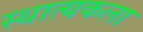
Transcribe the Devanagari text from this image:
स्थात्यकला